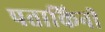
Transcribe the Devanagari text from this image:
पताकिनी